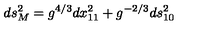
d s _ { M } ^ { 2 } = g ^ { 4 / 3 } d x _ { 1 1 } ^ { 2 } + g ^ { - 2 / 3 } d s _ { 1 0 } ^ { 2 }